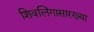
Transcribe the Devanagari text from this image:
शिवलिंगासारख्या